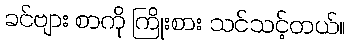
ခင်ဗျား စာကို ကြိုးစား သင်သင့်တယ်။